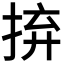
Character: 𢬵